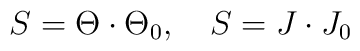
S=\Theta \cdot \Theta _{0},\quad S=J\cdot J_{0}